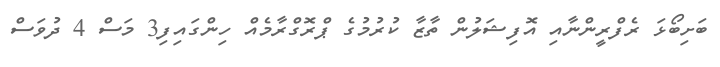
ބަށިބޯޅަ ރެފްރީންނާއި އޮފިޝަލުން ތާޒާ ކުރުުމުގެ ޕްރޮގްރާމެއް ހިންގައިފި3 މަސް 4 ދުވަސް